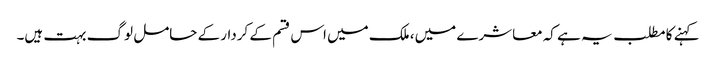
کہنے کا مطلب یہ ہے کہ معاشرے میں، ملک میں اس قسم کے کردار کے حامل لوگ بہت ہیں۔